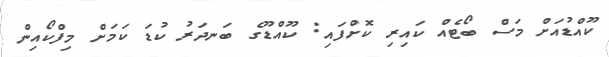
ކޫއްޑުއަަށް މަސް ބޯޓެއް ކައިރި ކޮށްފައި: ކޫއްޑޫގެ ބަނދަރު ކުޑަ ކަމަށް މިފްކޯއިން